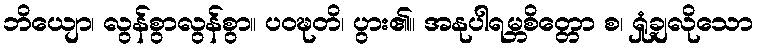
ဘိယျော၊ လွန်စွာလွန်စွာ။ ပဝဍ္ဎတိ၊ ပွား၏။ အနုပါရမ္ဘစိတ္တော စ၊ ရှုံ့ချလိုသော